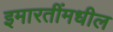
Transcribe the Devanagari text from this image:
इमारतींमधील